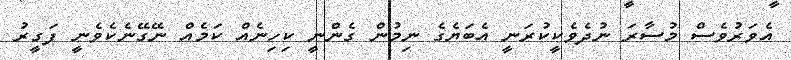
އެވަރުވެސް މުސާރަ ނުދެވެކީކުރަނީ އެބަޔެގެ ނިމުން ގެންނީ ކިހިނެއް ކަމެއް ނޭގޭނެކެވެނީ ފަގީރު